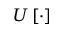
U \left[ \cdot \right]